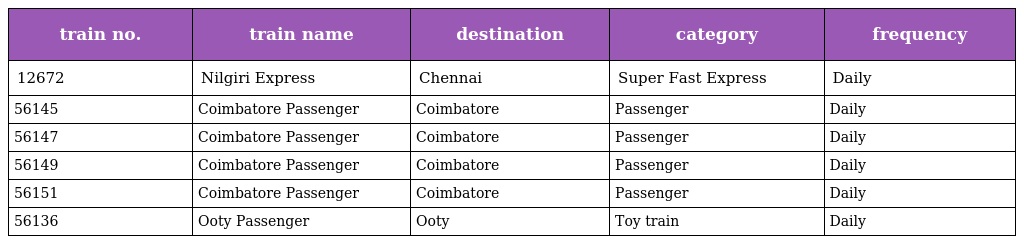
| train no. | train name | destination | category | frequency |
 | --- | --- | --- | --- | --- |
 | 12672 | Nilgiri Express | Chennai | Super Fast Express | Daily |
 | 56145 | Coimbatore Passenger | Coimbatore | Passenger | Daily |
 | 56147 | Coimbatore Passenger | Coimbatore | Passenger | Daily |
 | 56149 | Coimbatore Passenger | Coimbatore | Passenger | Daily |
 | 56151 | Coimbatore Passenger | Coimbatore | Passenger | Daily |
 | 56136 | Ooty Passenger | Ooty | Toy train | Daily |